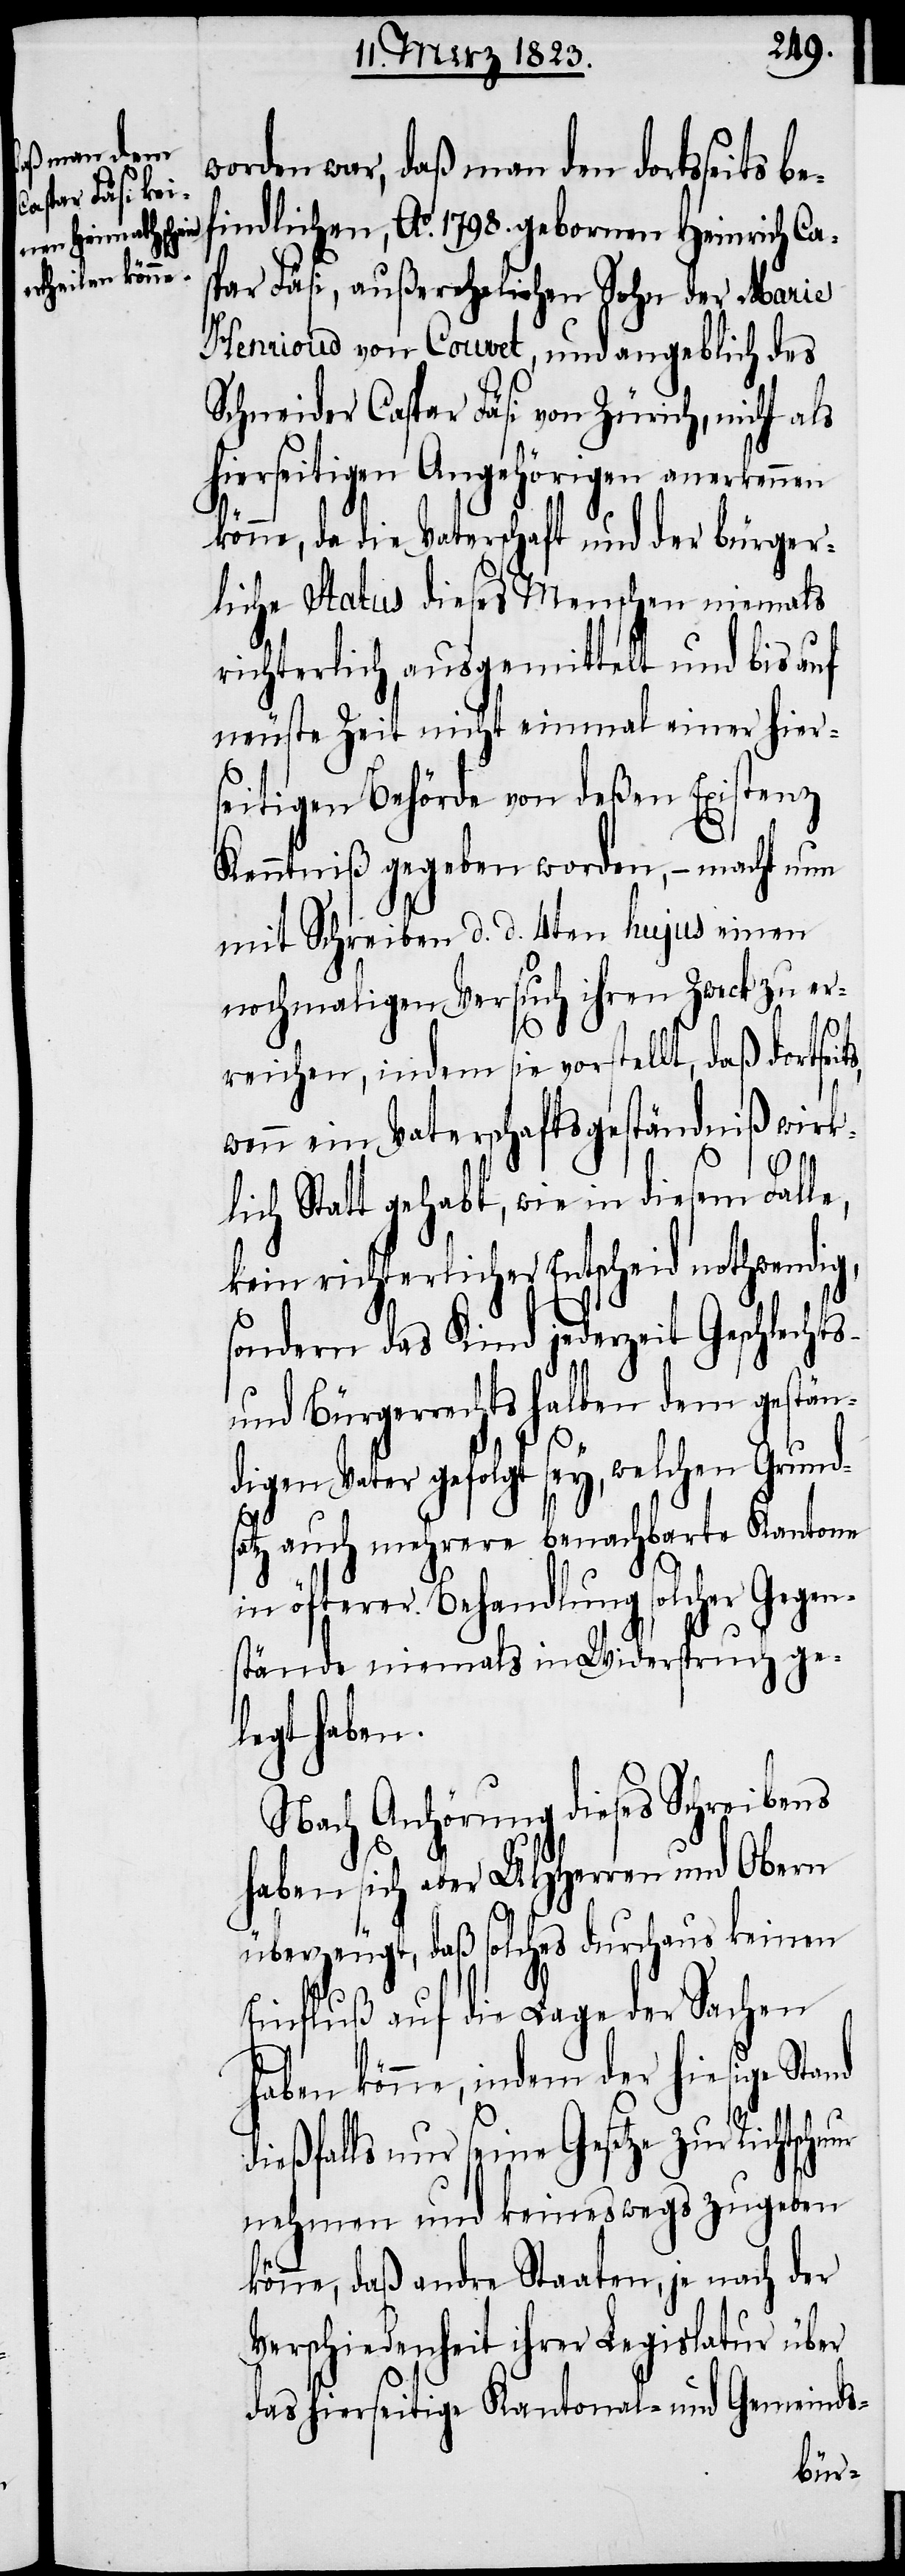
worden war, daß man den dortseits be¬
findlichen, Ao. 1798. gebornen Heinrich Ca¬
spar Fäsi, außerehelichen Sohn der Marie
Henrioud von Couvet, und angeblich des
Schneider Caspar Fäsi von Zürich, nicht als
hierseitigen Angehörigen anerkennen
könne, da die Vaterschaft und der bürger¬
liche Status dieses Menschen niemals
richterlich ausgemittelt und bis auf
neuste Zeit nicht einmal einer hier¬
seitigen Behörde von deßen Existenz
Kenntniß gegeben worden, – macht nun
mit Schreiben d. d. 4ten hujus einen
nochmaligen Versuch ihren Zweck zu er¬
reichen, indem sie vorstellt, daß dortsei¬
wenn ein Vaterschaftsgeständniß wirk¬
d¬
lich Statt gehabt, wie in diesem Falle,
kein richterlicher Entscheid
sondern das Kind jederzeit Geschlechts-
und Bürgerrechtshalben dem gestän¬
digen Vater gefolgt sey, welchen Grund¬
satz auch mehrere benachbarte Kantone
in öfterer Behandlung solcher Gegen¬
stände niemals in Widerspruch ge¬
legt haben.
Nach Anhörung dieses Schreibens
haben sich aber UHHerren und Obern
überzeugt, daß solches durchaus keinen
Einfluß auf die Lage der Sachen
haben könne, indem der hiesige Stand
ießfalls nur seine Gesetze zur
nehmen und keineswegs zugeben
könne, daß andre Staaten, je nach der
Verschiedenheit ihrer Legislatur über
das hierseitige Kantonal- und Gemeinds-